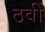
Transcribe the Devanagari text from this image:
ठवीं